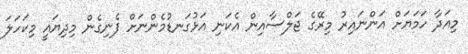
މިއަދާ ހަމަޔަށް އަންނައިރު މިރޭގެ ޖަލްސާއިން އެކަނި އަޅުގަނޑުމެންނަށް ފެނިގެން މިދިޔައީ މިކަހަލަ